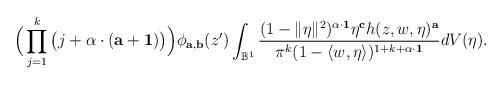
LaTeX: \begin{align*}\Big(\prod_{{j}=1}^{k}\big({j}+\alpha\cdot(\mathbf a +\mathbf 1)\big)\Big)\phi_{\mathbf a,\mathbf b}(z^\prime)\int_{\mathbb B^1}\frac{(1-\|\eta\|^2)^{\alpha\cdot\mathbf 1}\eta^{\mathbf c}h(z,w,\eta)^{\mathbf a}}{\pi^k(1-\langle w,\eta\rangle)^{1+k+\alpha\cdot \mathbf 1}}dV(\eta).\end{align*}